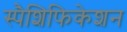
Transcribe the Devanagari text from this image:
स्पैशिफिकेशन